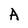
Character: A